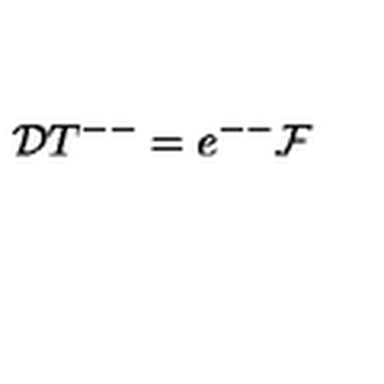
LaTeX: { \cal D } T ^ { -- } = e ^ { -- } { \cal F }